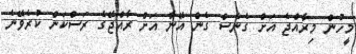
މީހުން މިރާއްޖެ އަށް ގެނެސް ގެން އޭނާ އަށް ރާއްޖޭގެ ރަސްކަން ކުރެވޭނެ